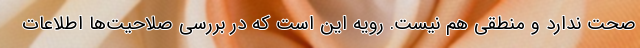
صحت ندارد و منطقی هم نیست. رویه این است که در بررسی صلاحیت‌ها اطلاعات